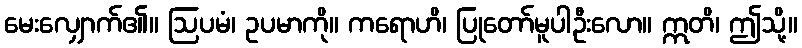
မေးလျှောက်၏။ ဩပမံ၊ ဥပမာကို။ ကရောဟိ၊ ပြုတော်မူပါဦးလော။ ဣတိ၊ ဤသို့။